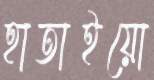
হাতাইয়ো